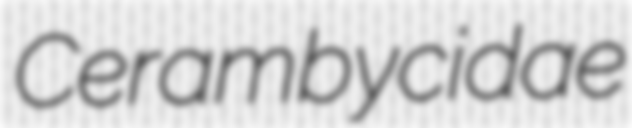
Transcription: Cerambycidae